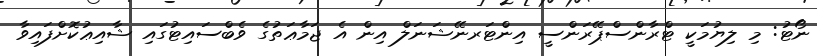
ނޯޓު: މި ލިޔުމަކީ ޓްރާންސްޕޭރަންސީ އިންޓަރނޭޝަނަލް އިން އެ ޖަމާޢަތުގެ ވެބްސައިޓުގައި ޝާއިޢުކޮށްފައިވާ